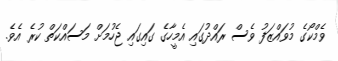
ވެމްކޯގެ މުވައްޒަފު ވެސް ރައްދުގައި އެމީހާގެ ގައިގައި ޖެހުމަށް މަސައްކަތް ކުރެ އެެވެ.